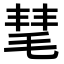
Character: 𣮝